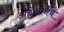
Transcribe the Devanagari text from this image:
अद्देशानेच